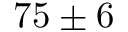
7 5 \pm 6